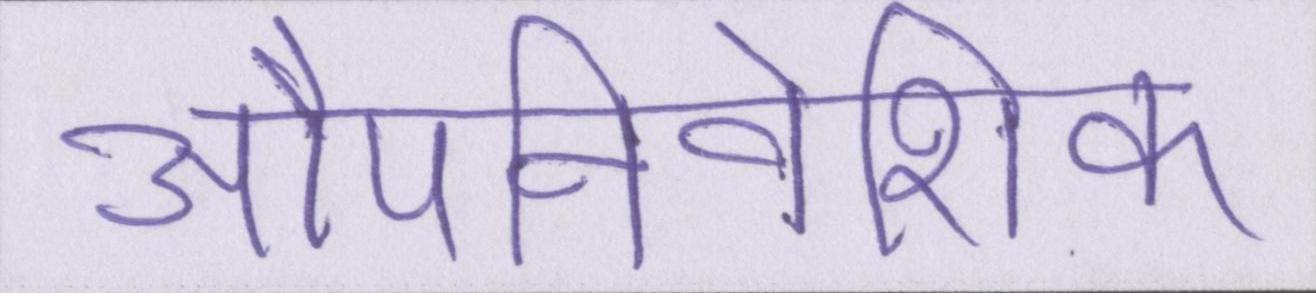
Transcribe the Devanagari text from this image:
औपनिवेशिक